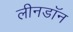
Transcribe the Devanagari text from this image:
लीनडॉन